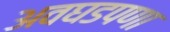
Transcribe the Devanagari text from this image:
अवघडपणा